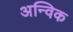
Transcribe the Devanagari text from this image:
अन्विक